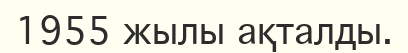
1955 жылы ақталды.